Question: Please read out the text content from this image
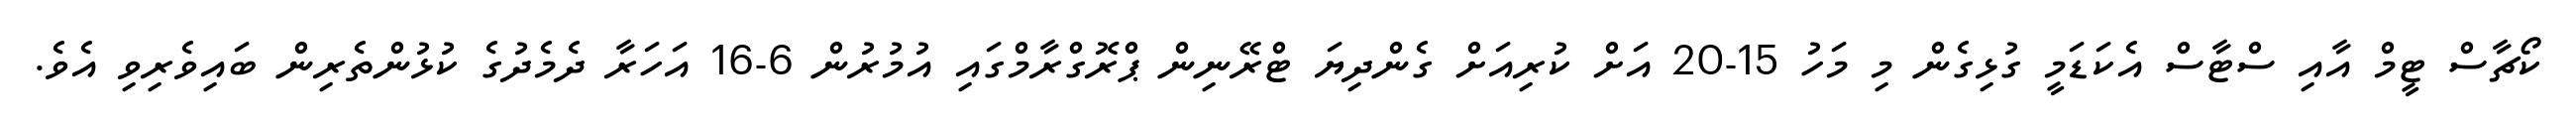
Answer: ކޯޗާސް ޓީމް އާއި ސްޓާސް އެކަޑަމީ ގުޅިގެން މި މަހު 15-20 އަށް ކުރިއަށް ގެންދިޔަ ޓްރޭނިން ޕްރޮގްރާމްގައި އުމުރުން 6-16 އަހަރާ ދެމެދުގެ ކުޅުންތެރިން ބައިވެރިވި އެވެ.